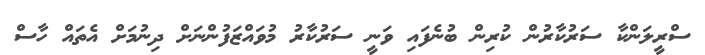
ސްރީލަންކާ ސަރުކާރުން ކުރިން ބުނެފައި ވަނީ ސަރުކާރު މުވައްޒަފުންނަށް ދިނުމަށް އެތައް ހާސް